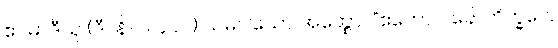
ဧဝမာဒီသု (ဒီ။ နိ။ ၁။၄၄၇) သမဝါယော အတ္ထော။ “ဧကောဝ ခေါ ဘိက္ခဝေ,